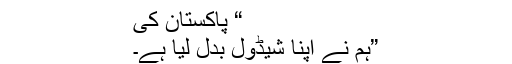
“ پاکستان کی
”ہم نے اپنا شیڈول بدل لیا ہے۔